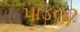
પાડલી